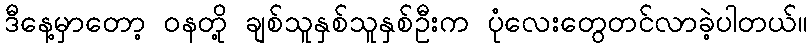
ဒီနေ့မှာတော့ ဝနတို့ ချစ်သူနှစ်သူနှစ်ဦးက ပုံလေးတွေတင်လာခဲ့ပါတယ်။